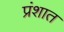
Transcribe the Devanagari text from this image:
प्रंशात